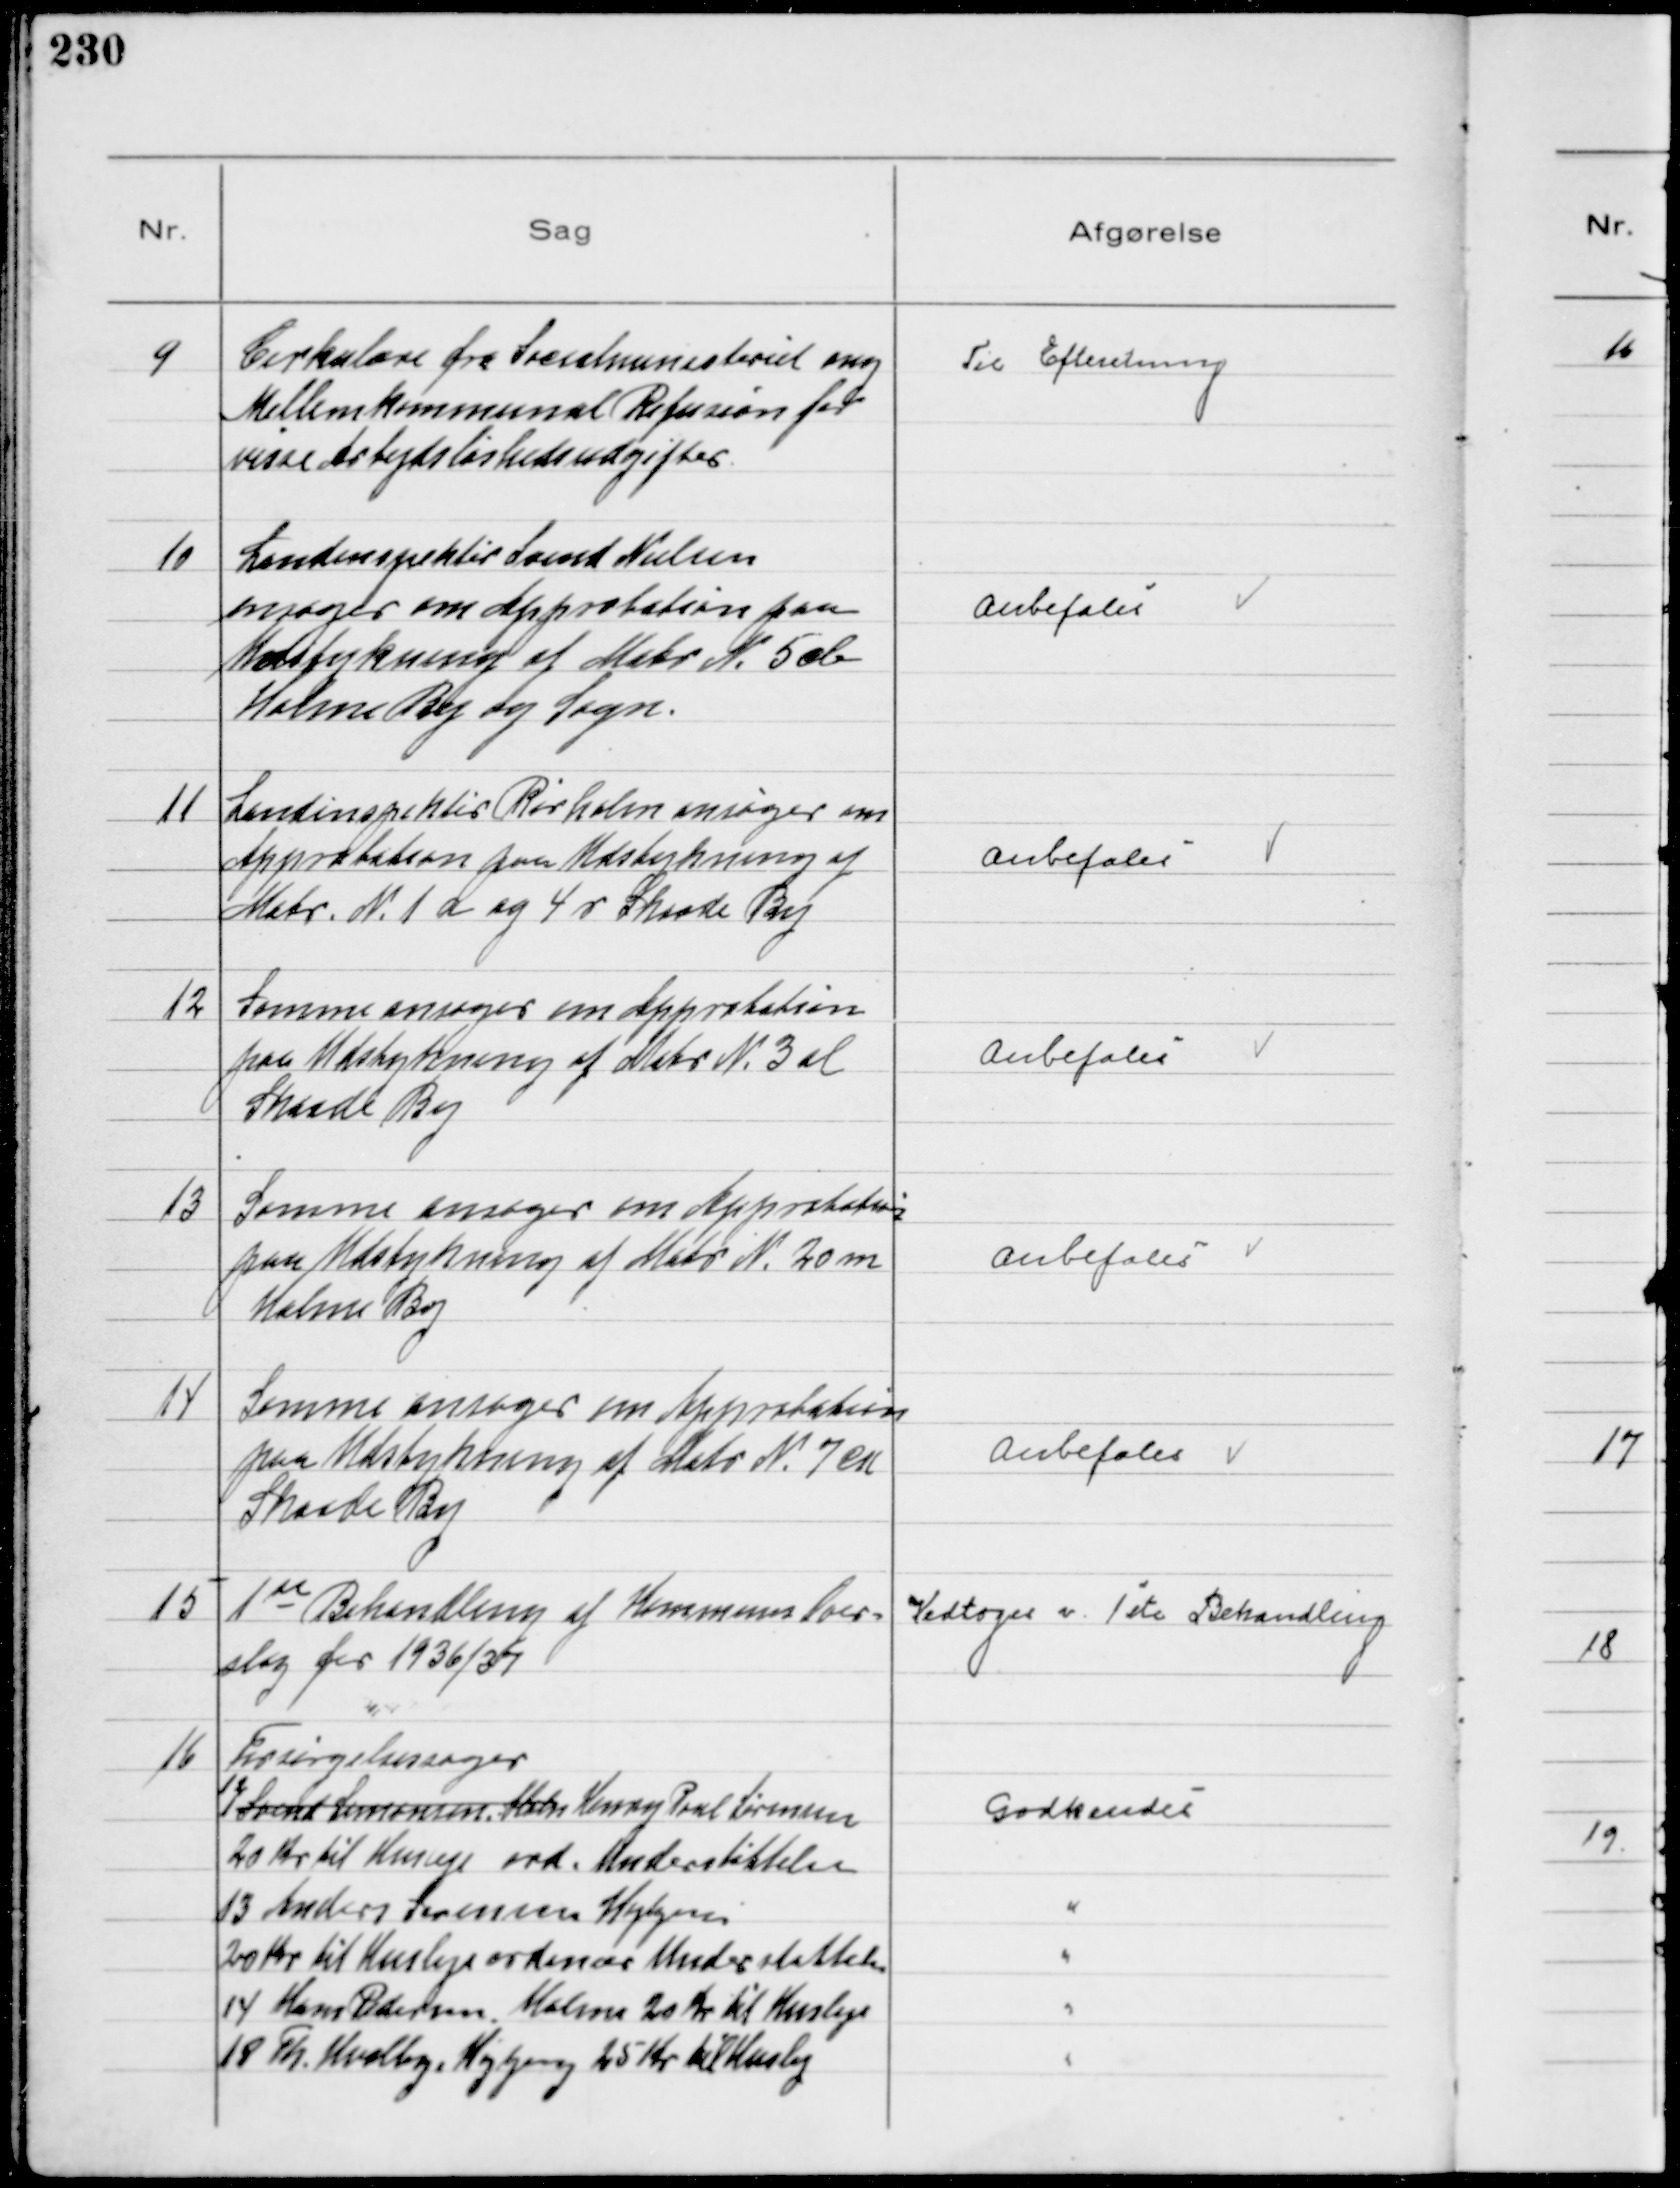
Transskription:
9
Cirkulære fra Socialministeriet ang
Mellemkommunal Refusion for 
visse Arbejdsløshedsudgifter

Til Efteretning

10
Landinspektør Svend Nielsen
ansøger om Approbation paa
Udstykning af Matr N 5 ab
Holme By og Sogn.

Anbefales

11
Landinspektør Rørholm ansøger om
Approbation paa Udstykning af
Matr N 1 a og 4 r Skaade By

Anbefales

12
Samme ansøger om Approbation
paa Udstykning af Matr N 3 al
Skaade By

Anbefales

13
Samme ansøger om Approbation
paa Udstykning af Matr N 20 m
Holme By

Anbefales

14
Samme ansøger om Approbation
paa Udstykning af Matr N 7 
Skaade By

Anbefales

15
1de Behandling af Kommunens Over-
slag for 1936/37

Vedtoges v. 1ste Behandling

16
Forsørgelsessager
12 Svend Larssonsen, Holm Henry Poul Sørensen
20 Kr til Husleje ord. Understøttelse
Godkendes
13 Anders Sørensen Højbjerg
"
20 Kr til Husleje ordinær Understøttelse
"
14 Hans Pedersen, Holme 20 Kr til Husleje
"
18 Th. Hvalby, Højbjerg 25 Kr til Husleje
"